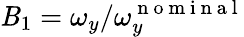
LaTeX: \mathit{B}_{1}=\omega_{y}/\omega_{y}^{\mathrm{{~n~o~m~i~n~a~l~}}}